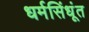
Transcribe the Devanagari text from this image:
धर्मसिंधूंत